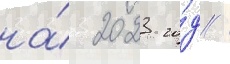
на́ 2023 го́д /